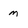
Character: M